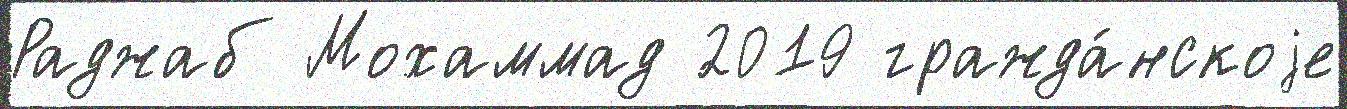
Раджаб Мохаммад 2019 гражда́нскоjе